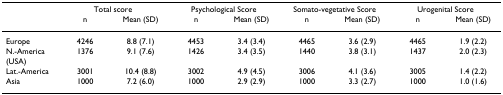
|  | <COLSPAN=2> Total score | <COLSPAN=2> Psychological Score | <COLSPAN=2> Somato-vegetative Score | <COLSPAN=2> Urogenital Score |
 |  | n | Mean (SD) | n | Mean (SD) | n | Mean (SD) | n | Mean (SD) |
 | --- | --- | --- | --- | --- | --- | --- | --- | --- |
 | Europe | 4246 | 8.8 (7.1) | 4453 | 3.4 (3.4) | 4465 | 3.6 (2.9) | 4465 | 1.9 (2.2) |
 | N.-America (USA) | 1376 | 9.1 (7.6) | 1426 | 3.4 (3.5) | 1440 | 3.8 (3.1) | 1437 | 2.0 (2.3) |
 | Lat.-America | 3001 | 10.4 (8.8) | 3002 | 4.9 (4.5) | 3006 | 4.1 (3.6) | 3005 | 1.4 (2.2) |
 | Asia | 1000 | 7.2 (6.0) | 1000 | 2.9 (2.9) | 1000 | 3.3 (2.7) | 1000 | 1.0 (1.6) |